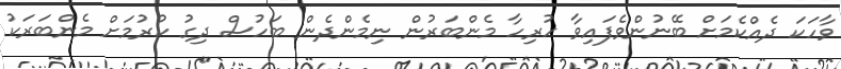
ވާހަކަ ދެއްކެމަށް ބޭނުންވެފައިވާ ހުރިހާ މެންބަރުން ނިމެންދެން ބަހުސް ދިގު ކުރުމަށް މެންބަރަކު